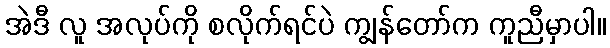
အဲဒီ လူ အလုပ်ကို စလိုက်ရင်ပဲ ကျွန်တော်က ကူညီမှာပါ။